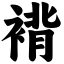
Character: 褙